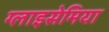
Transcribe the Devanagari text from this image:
ग्लाइसेमिया